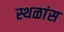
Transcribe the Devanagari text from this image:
स्थळांस